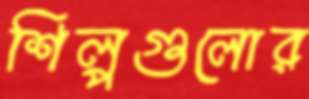
শিল্পগুলোর